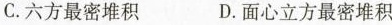
C. 六方最密堆积 D. 面心立方最密堆积